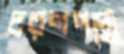
চরণপদ্মে